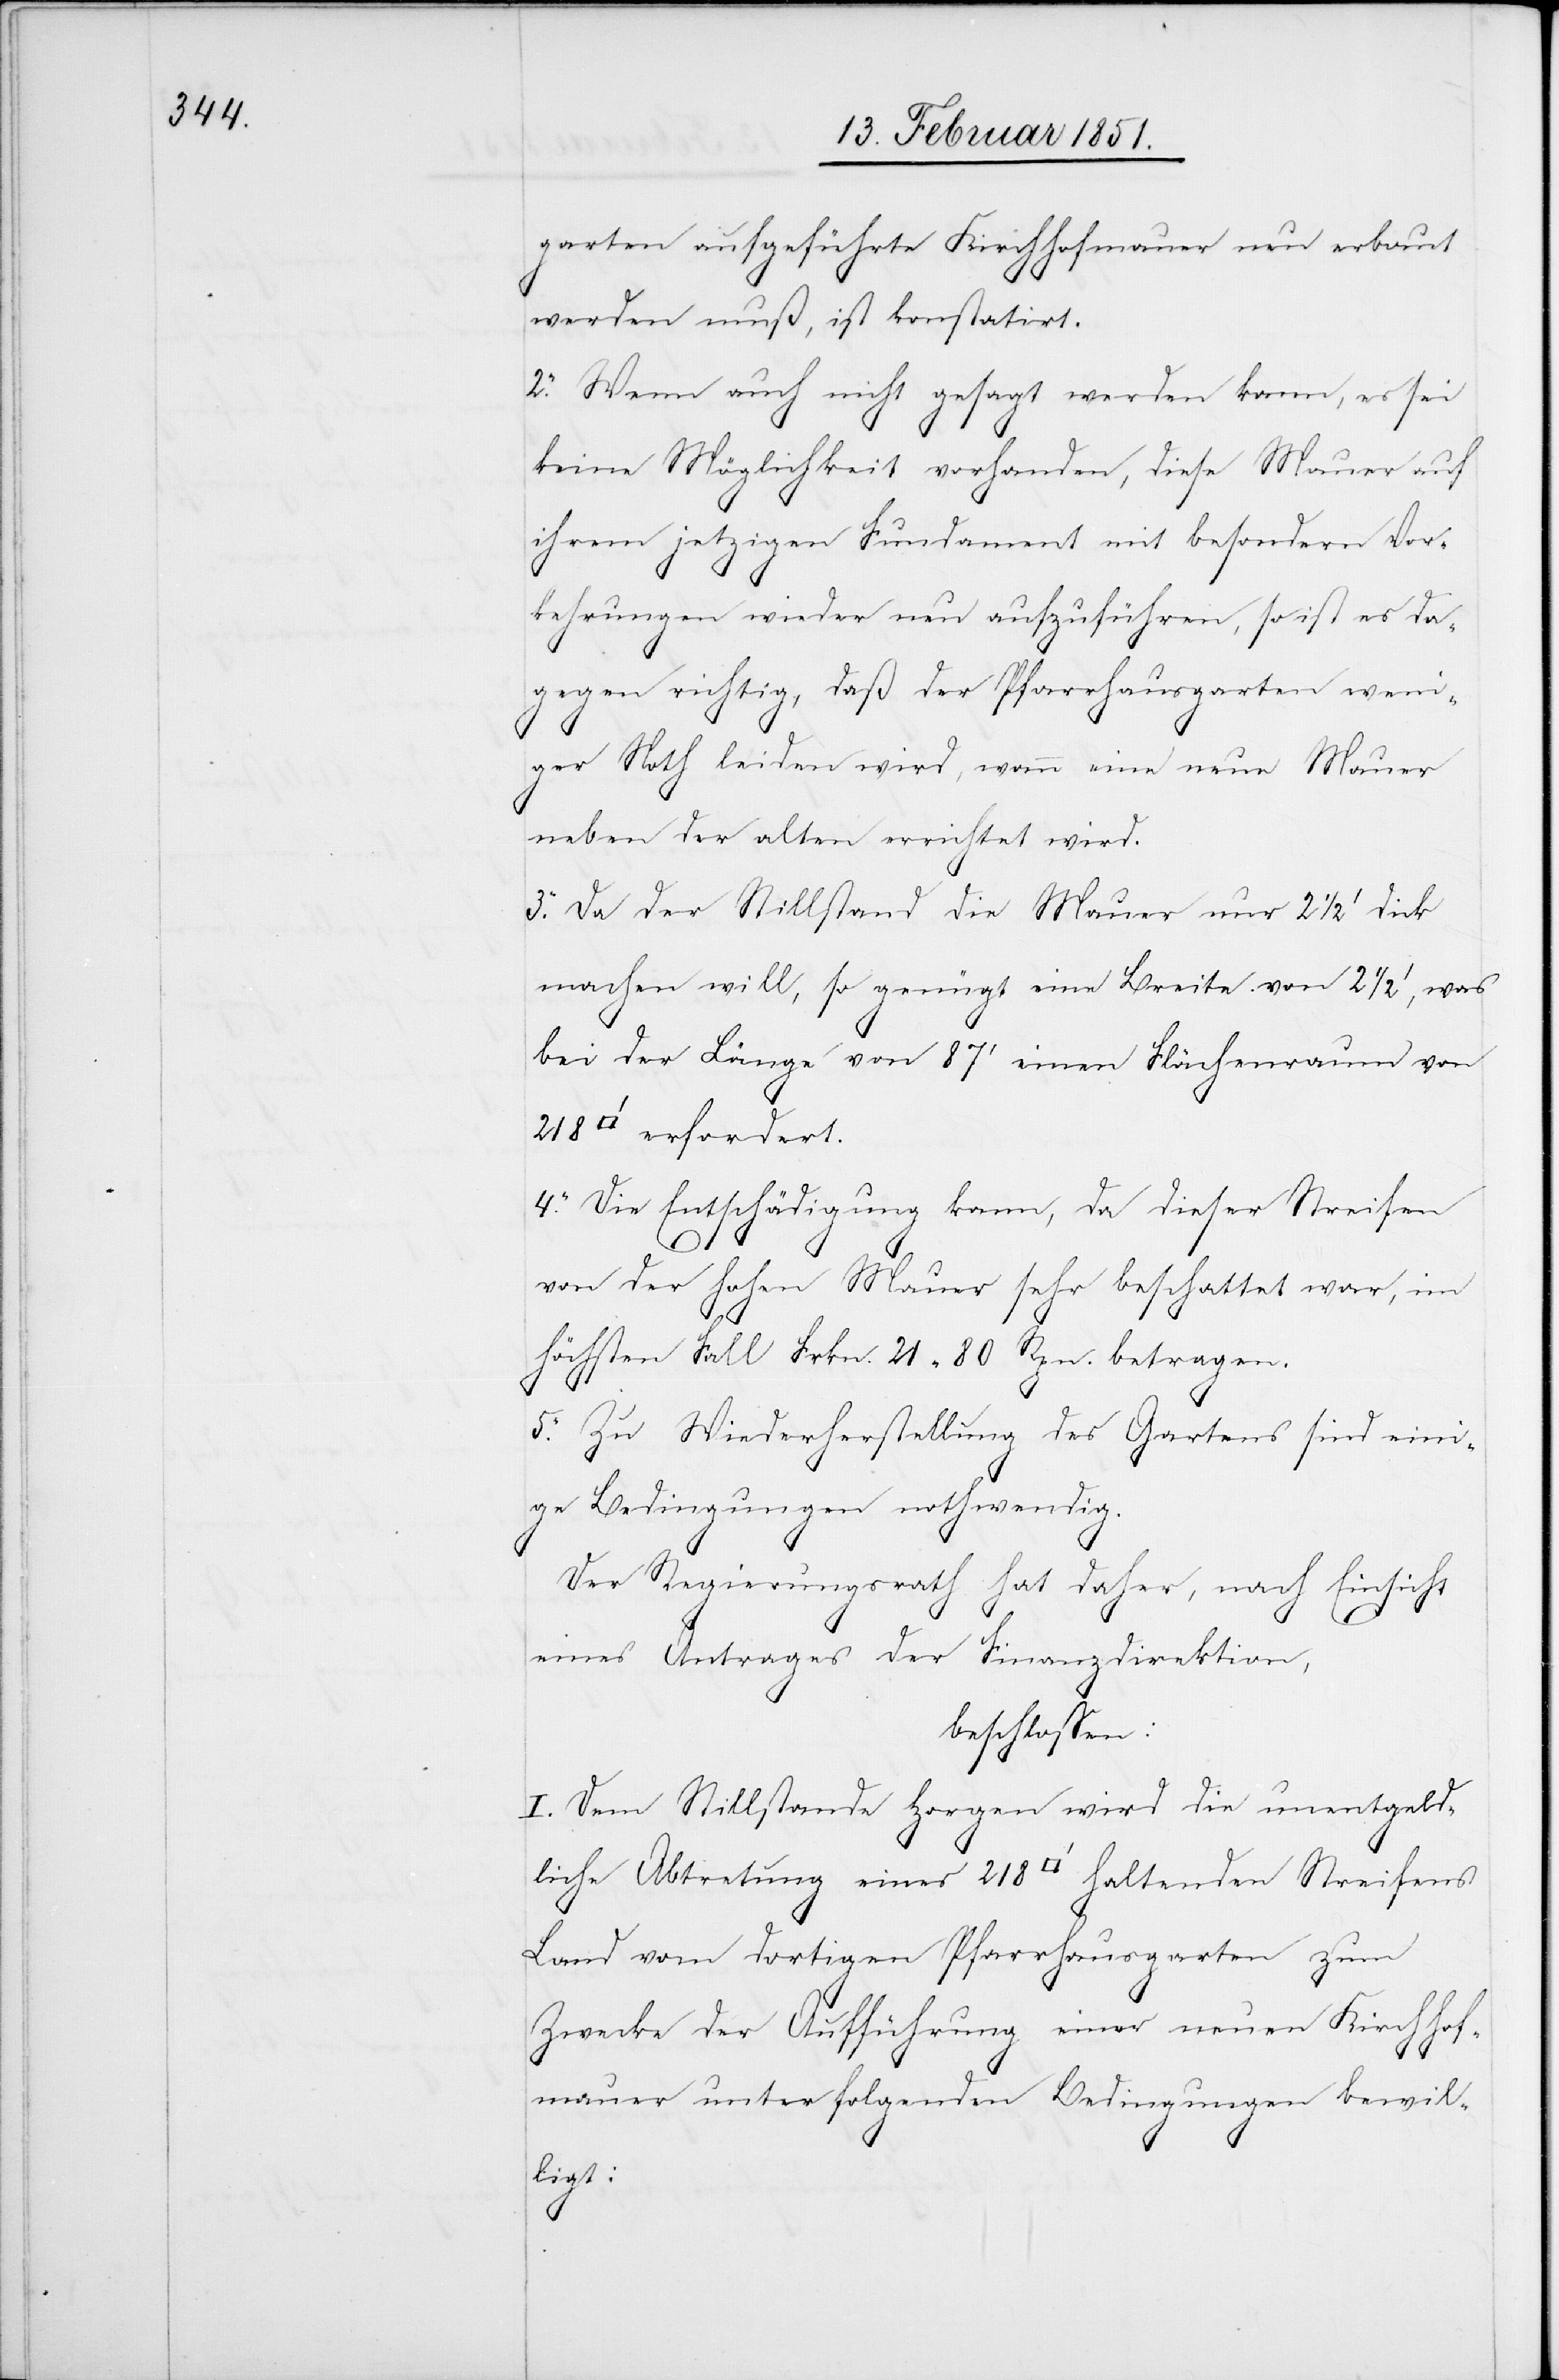
s]garten aufgeführte Kirchhofmauer neu erbaut
werden muß, ist konstatirt.
2. Wenn auch nicht gesagt werden kann, es sei
keine Möglichkeit vorhanden, diese Mauer auf
ihrem jetzigen Fundament mit besondern Vor¬
kehrungen wieder neu aufzuführen, so ist es da¬
gegen richtig, daß der Pfarrhausgarten weni¬
ger Noth leiden wird, wann eine neue Mauer
neben der alten errichtet wird.
3. Da der Stillstand die Mauer nur 2 1/2‘ dick
machen will, so genügt eine Breite von 2 1/2‘, was
bei der Länge von 87‘ einen Flächenraum von
erfordert.
4. Die Entschädigung kann, da dieser Streifen
von der hohen Mauer sehr beschattet war, im
höchsten Fall Frkn. 21 80 Rpn. betragen.
5. Zu Wiederherstellung des Gartens sind ein¬
ige Bedingungen nothwendig.
Der Regierungsrath hat daher, nach Einsicht
eines Antrages der Finanzdirektion,
beschlossen:
I. Dem Stillstande Horgen wird die unentgeld¬
liche Abtretung eines 218 [Quadratfuß] haltenden Streifens
Land vom dortigen Pfarrhausgarten zum
Zwecke der Aufführung einer neuen Kirchhof¬
mauer unter folgenden Bedingungen bewil¬
ligt: